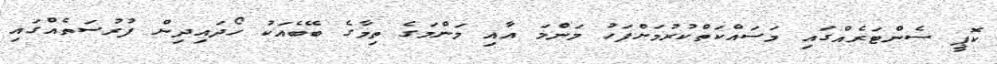
ކޮޕީ ސެންޓަރެއްގައި މަސައްކަތްކުރުމަށްފަހު މަންމަ އާއި މަންމަގެ ތިމާގެ ބޭބެއަކު ހޯދައިދިން ފުރުސަތެއްގައި